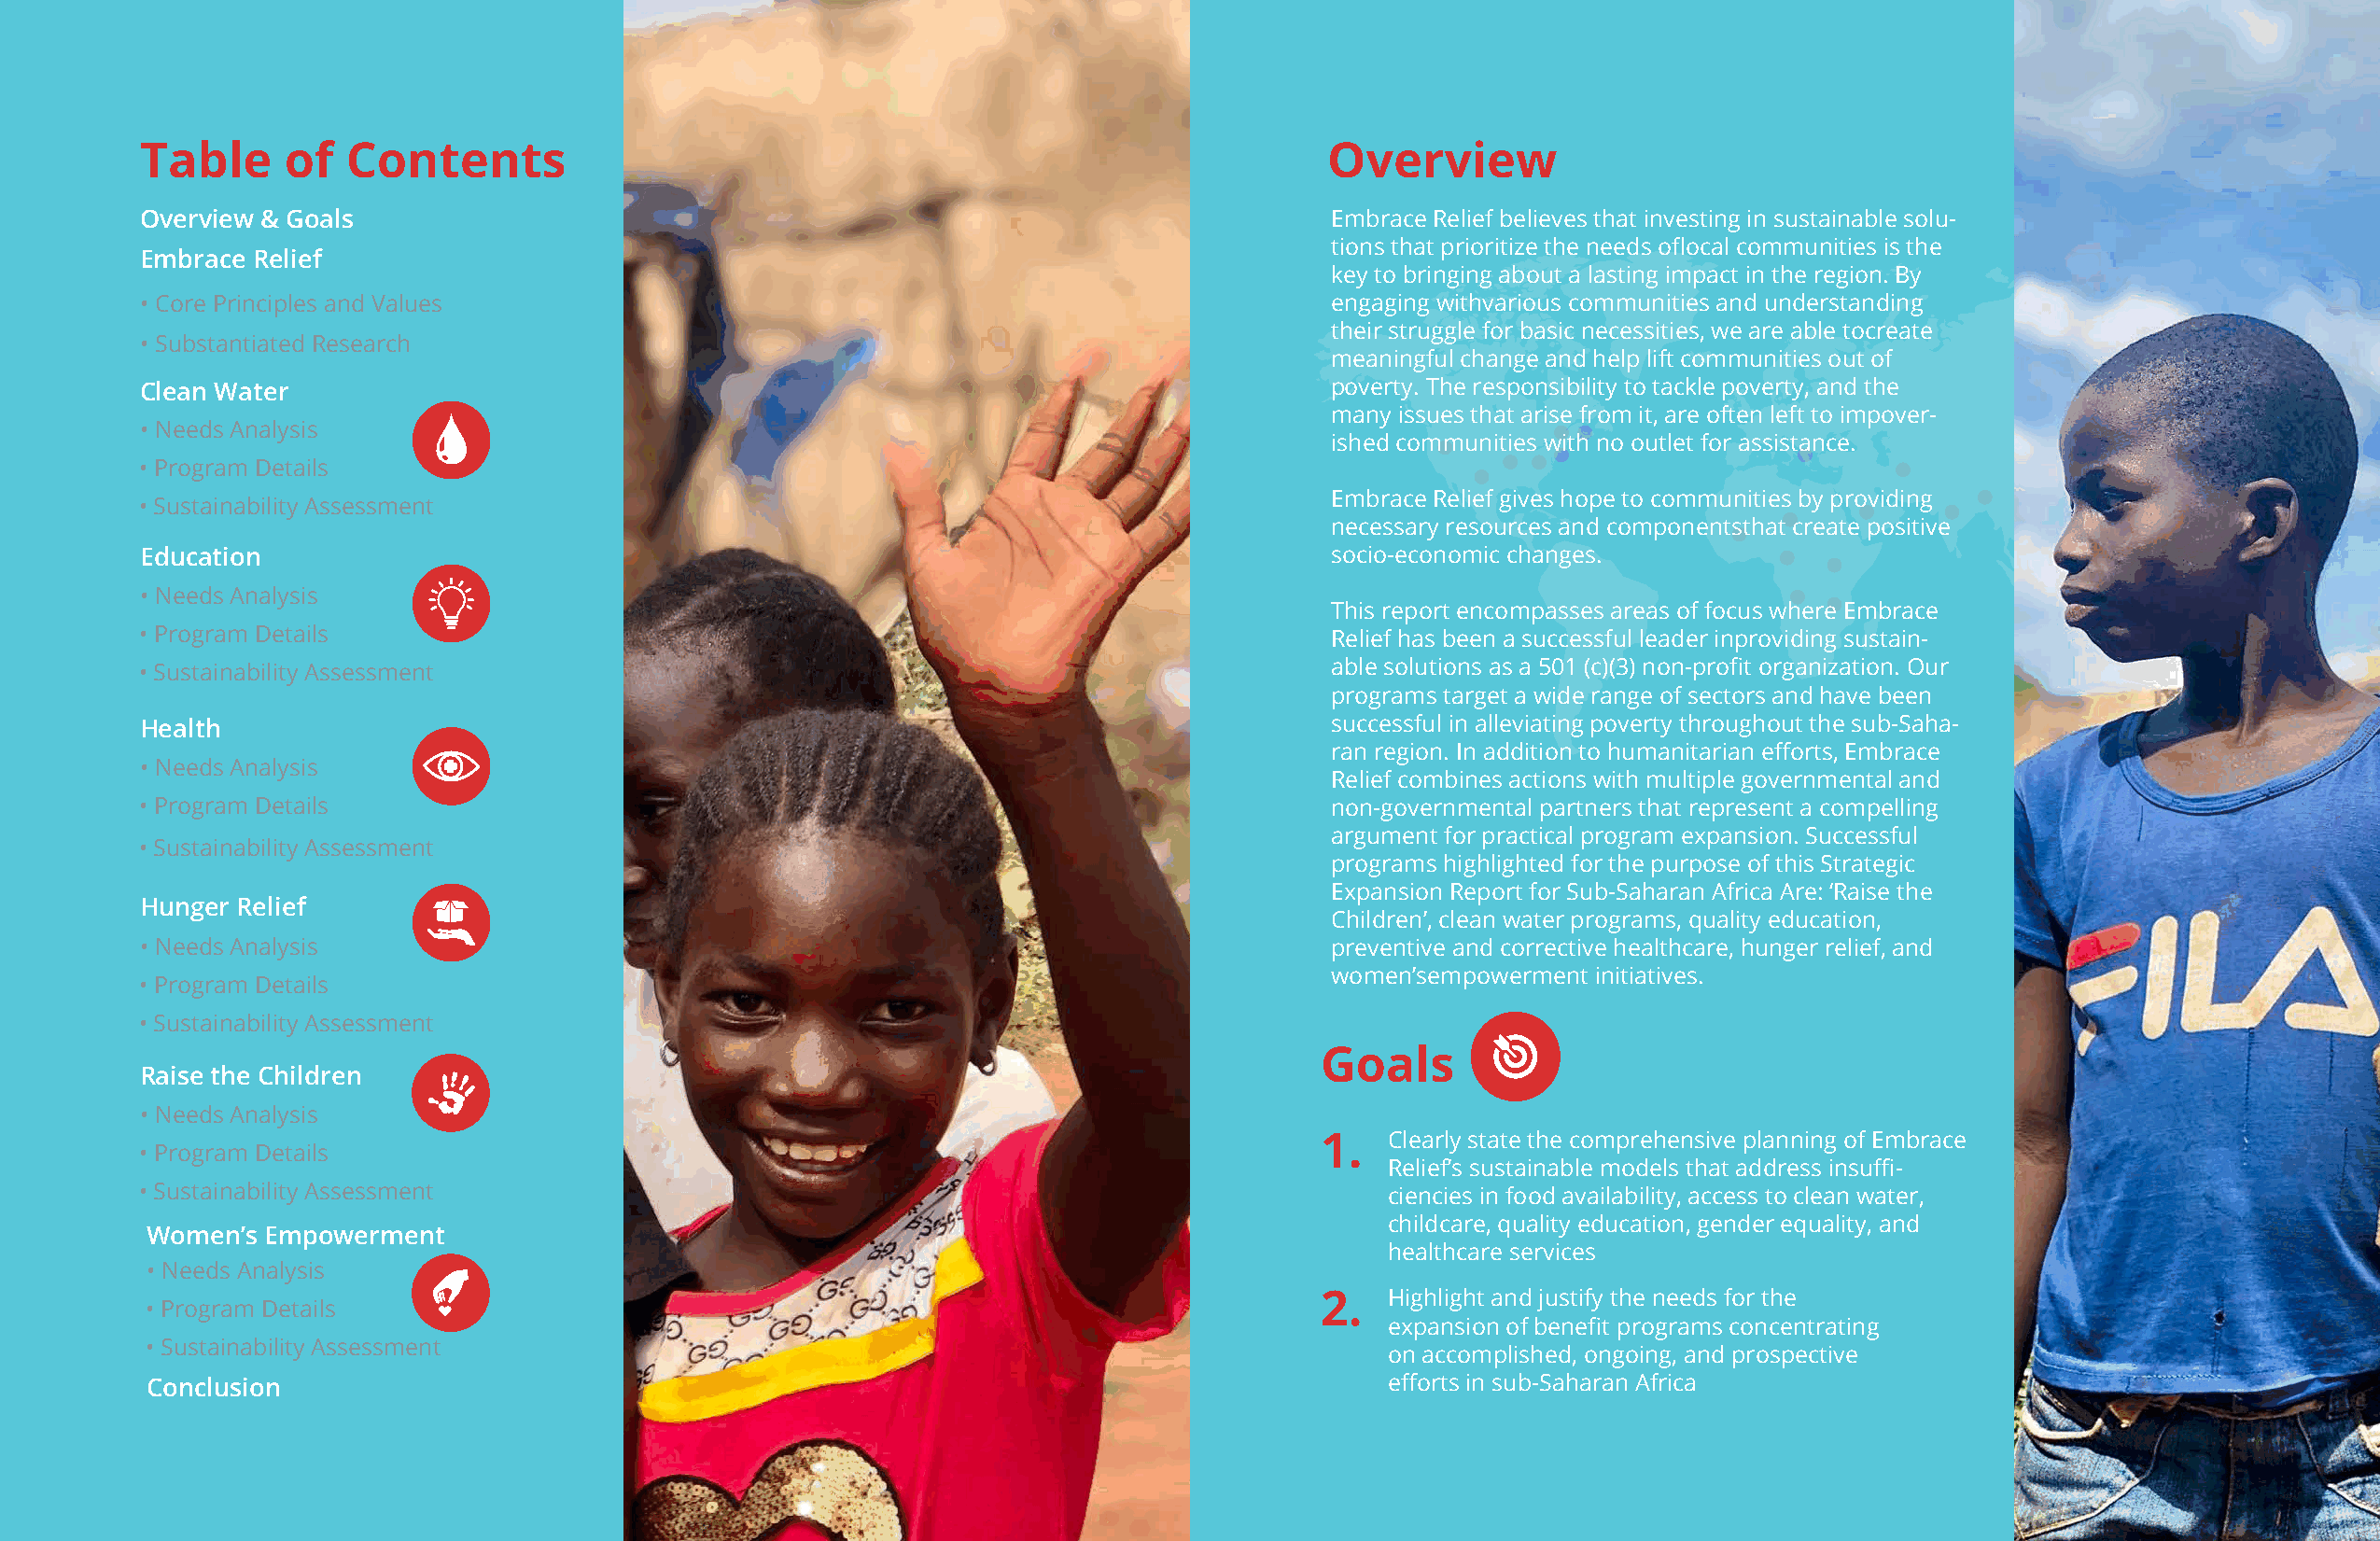
Table     of   Contents                                                             Overview
 Overview & Goals                                                                    Embrace Relief believes that investing in sustainable solu-
 tions that prioritize the needs oflocal communities is the
 Embrace Relief
 key to bringing about a lasting impact in the region. By
 • Core Principles and Values                                                        engaging withvarious communities and understanding
 their struggle for basic necessities, we are able tocreate
 • Substantiated Research
 meaningful change and help lift communities out of
 Clean Water                                                                         poverty. The responsibility to tackle poverty, and the
 many issues that arise from it, are often left to impover-
 • Needs Analysis
 ished communities with no outlet for assistance.
 • Program Details
 Embrace Relief gives hope to communities by providing
 • Sustainability Assessment
 necessary resources and componentsthat create positive
 Education                                                                           socio-economic changes.
 • Needs Analysis
 This report encompasses areas of focus where Embrace
 • Program Details                                                                   Relief has been a successful leader inproviding sustain-
 • Sustainability Assessment                                                         able solutions as a 501 (c)(3) non-profit organization. Our
 programs target a wide range of sectors and have been
 Health                                                                              successful in alleviating poverty throughout the sub-Saha-
 ran region. In addition to humanitarian efforts, Embrace
 • Needs Analysis
 Relief combines actions with multiple governmental and
 • Program Details                                                                   non-governmental partners that represent a compelling
 argument for practical program expansion. Successful
 • Sustainability Assessment
 programs highlighted for the purpose of this Strategic
 Expansion Report for Sub-Saharan Africa Are: ‘Raise the
 Hunger Relief
 Children’, clean water programs, quality education,
 • Needs Analysis                                                                    preventive and corrective healthcare, hunger relief, and
 women’sempowerment initiatives.
 • Program Details
 • Sustainability Assessment
 Goals
 Raise the Children
 • Needs Analysis
 1.  Clearly state the comprehensive planning of Embrace
 • Program Details
 Relief’s sustainable models that address insuffi-
 • Sustainability Assessment                                                             ciencies in food availability, access to clean water,
 childcare, quality education, gender equality, and
 Women’s  Empowerment
 healthcare services
 • Needs Analysis
 2.  Highlight and justify the needs for the
 • Program Details
 expansion of benefit programs concentrating
 • Sustainability Assessment
 on accomplished, ongoing, and prospective
 Conclusion                                                                              efforts in sub-Saharan Africa